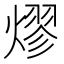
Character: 熮